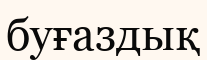
буғаздық